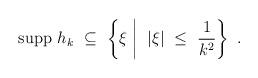
LaTeX: \begin{align*}{\rm supp} \ h_k \ \subseteq \ \left\{ \xi \biggm| \ |\xi| \ \leq \ \frac{1}{k^2} \right\} \ .\end{align*}